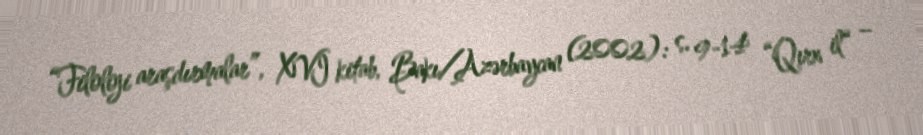
“Filoloji araşdırmalar”, XVI kitab, Bakı/Azərbaycan (2002): s. 9-14 “Qırx il“ –